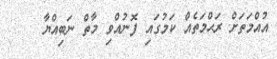
އުއްމަތަށް ރަޙްމަތެއް ކަމުގައި ފޮނުއްވި މާތް ނަބިއްޔާ